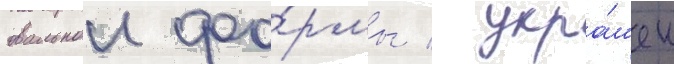
овальнои фо́рмы / укра́шен